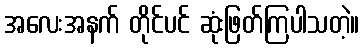
အလေးအနက် တိုင်ပင် ဆုံးဖြတ်ကြပါသတဲ့။